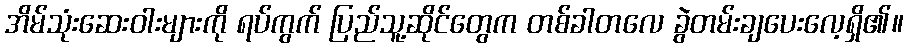
အိမ်သုံးဆေးဝါးများကို ရပ်ကွက် ပြည်သူ့ဆိုင်တွေက တစ်ခါတလေ ခွဲတမ်းချပေးလေ့ရှိ၏။